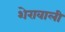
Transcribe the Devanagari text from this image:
शेरावाली